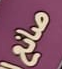
صانع